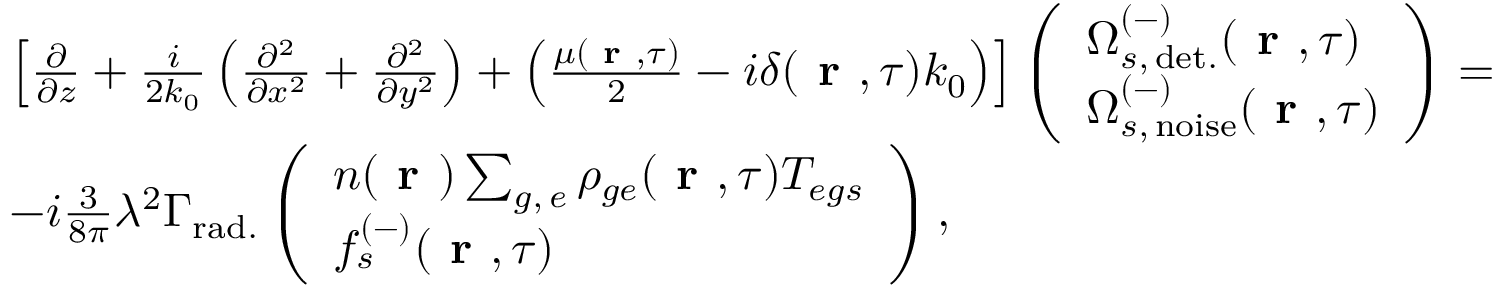
\begin{array} { r l } & { \left[ \frac { \partial } { \partial z } + \frac { i } { 2 k _ { 0 } } \left( \frac { \partial ^ { 2 } } { \partial x ^ { 2 } } + \frac { \partial ^ { 2 } } { \partial y ^ { 2 } } \right) + \left( \frac { \mu ( \textbf { r } , \tau ) } { 2 } - i \delta ( \textbf { r } , \tau ) k _ { 0 } \right) \right] \left( \begin{array} { l } { \Omega _ { s , \, \mathrm { d e t . } } ^ { ( - ) } ( \textbf { r } , \tau ) } \\ { \Omega _ { s , \, \mathrm { n o i s e } } ^ { ( - ) } ( \textbf { r } , \tau ) } \end{array} \right) = } \\ & { - i \frac { 3 } { 8 \pi } \lambda ^ { 2 } \Gamma _ { \mathrm { r a d . } } \left( \begin{array} { l } { n ( \textbf { r } ) \sum _ { g , \, e } \rho _ { g e } ( \textbf { r } , \tau ) T _ { e g s } } \\ { f _ { s } ^ { ( - ) } ( \textbf { r } , \tau ) } \end{array} \right) , } \end{array}